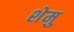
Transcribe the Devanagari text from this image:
शेमु